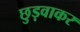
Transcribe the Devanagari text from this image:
छुड़वाकर